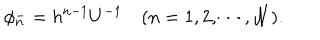
\phi _ { n } ^ { - } = h ^ { n - 1 } U ^ { - 1 } \quad ( n = 1 , 2 , \cdots , { \cal N } ) .